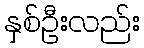
နှစ်ဦးလည်း